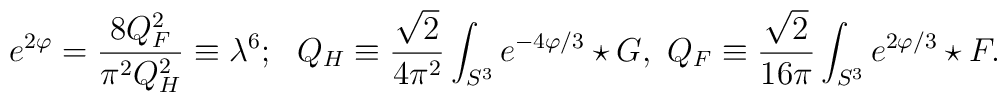
e^{2\varphi}={{8Q^2_F}\over{\pi^2Q^2_H}}\equiv \lambda^6; \ \ Q_H\equiv{{\sqrt{2}}\over{4\pi^2}}\int_{S^3}e^{-4\varphi/3}\star G, \  Q_F\equiv{{\sqrt{2}}\over{16\pi}}\int_{S^3}e^{2\varphi/3}\star F.